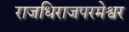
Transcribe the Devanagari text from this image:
राजधिराजपरमेश्वर